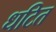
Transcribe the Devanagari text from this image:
धटित